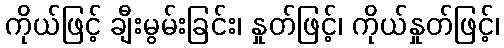
ကိုယ်ဖြင့် ချီးမွမ်းခြင်း၊ နှုတ်ဖြင့်၊ ကိုယ်နှုတ်ဖြင့်၊